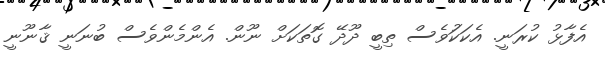
އެފާޅު ކުރަނީ. އެކަކަުވެސް ތިބީ ދޫދޭ ގޮތަކަށް ނޫން. އެންމެންވެސް ބުނަނީ ޤާނޫނީ